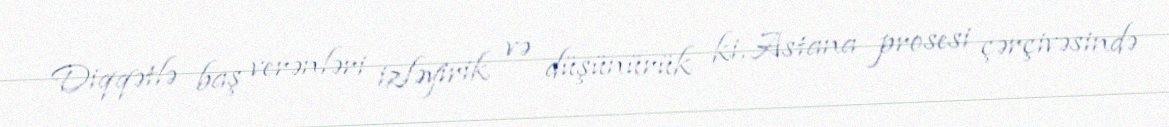
Diqqətlə baş verənləri izləyirik və düşünürük ki, Astana prosesi çərçivəsində